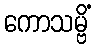
ကောသမ္ဗိံ